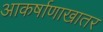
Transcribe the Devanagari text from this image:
आकर्षाणाखातर